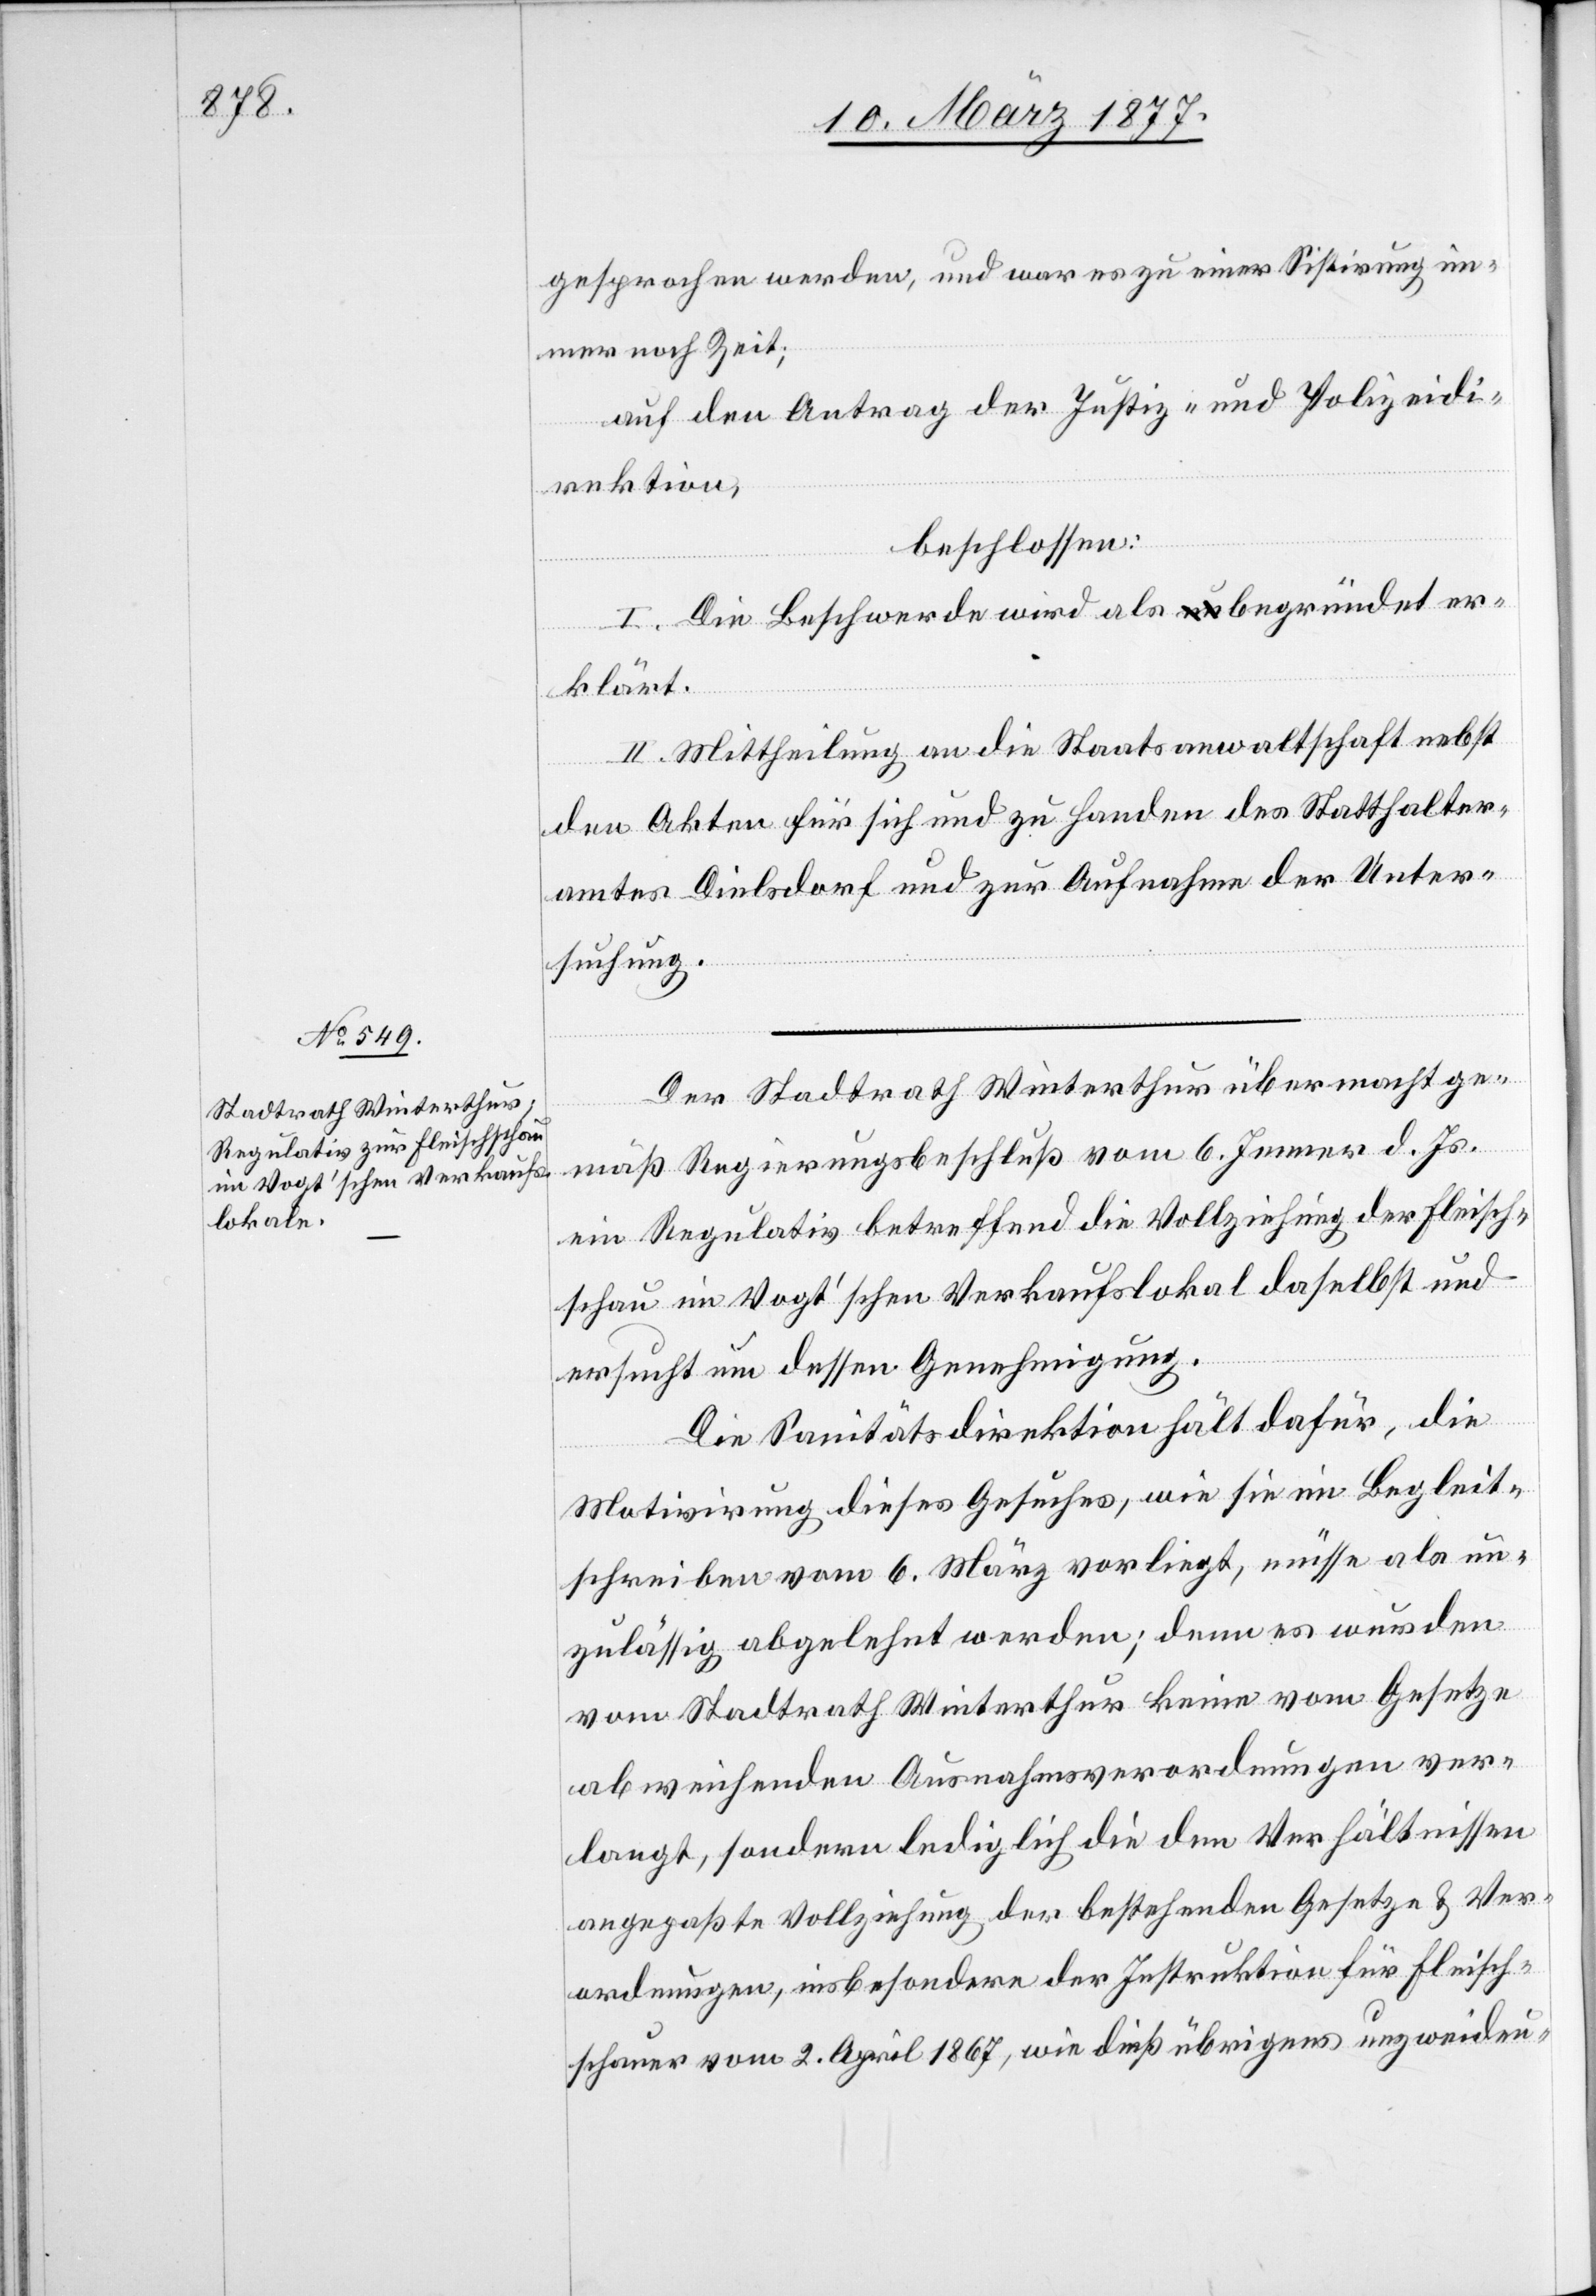
14. März 1877.]
gesprochen werden, und war es zu einer Sistirung im¬
mer noch Zeit;
auf den Antrag der Justiz- und Polizeidi¬
rektion,
beschlossen:
I. Die Beschwerde wird als unbegründet er¬
klärt.
II. Mittheilung an die Staatsanwaltschaft nebst
den Akten für sich und zu Handen des Statthalter¬
amtes Dielsdorf und zur Aufnahme der Unter¬
suchung.
Der Stadtrath Winterthur übermacht ge¬
mäß Regierungsbeschluß vom 6. Jenner d. Js.
ein Regulativ betreffend die Vollziehung der Fleisch¬
schau im Vogt’schen Verkaufslokal daselbst und
ersucht um dessen Genehmigung.
Die Sanitätsdirektion hält dafür, die
Motivirung dieses Gesuches, wie sie im Begleit¬
schreiben vom 6. März vorliegt, müsse als un¬
zulässig abgelehnt werden; denn es wurden
vom Stadtrath Winterthur keine vom Gesetze
abweichenden Ausnahmsverordnungen ver¬
langt, sondern lediglich die den Verhältnissen
angepaßte Vollziehung der bestehenden Gesetze & Ver¬
ordnungen, insbesondere der Instruktion für Fleisch¬
schauer vom 2. April 1867, wie dieß übrigens unzweideu-